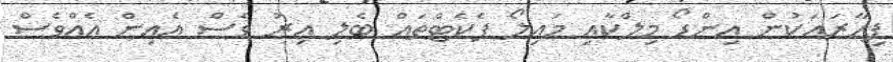
ފިހާރައަކުން އިންޑޯ މިލްކާއި މައިލޯ ޕެކެޓްތައް ބެލި އިރު ވެސް އެއިން އެއްވެސް